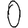
Digit: 0